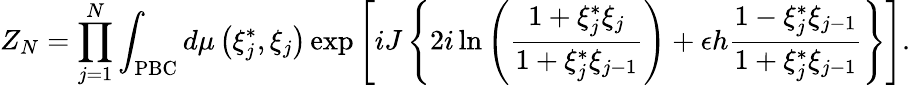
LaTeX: Z_{N}=\prod_{j=1}^{N}\int_{\mathrm{PBC}}{d\mu\left({\xi_{j}^{*},\xi_{j}}\right)}\exp\left[iJ\left\{ 2i\ln\left({\frac{1+\xi_{j}^{*}\xi_{j}}{1+\xi_{j}^{*}\xi_{j-1}}}\right)+\epsilon h{\frac{1-\xi_{j}^{*}\xi_{j-1}}{1+\xi_{j}^{*}\xi_{j-1}}}\right\} \right].